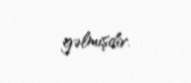
gəlmişdir.